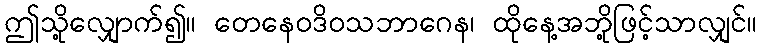
ဤသို့လျှောက်၍။ တေနေဝဒိဝသဘာဂေန၊ ထိုနေ့အဘို့ဖြင့်သာလျှင်။